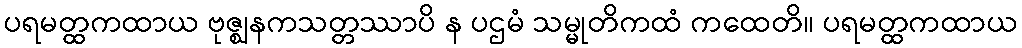
ပရမတ္ထကထာယ ဗုဇ္ဈနကသတ္တဿာပိ န ပဌမံ သမ္မုတိကထံ ကထေတိ။ ပရမတ္ထကထာယ